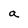
Character: a